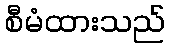
စီမံထားသည်